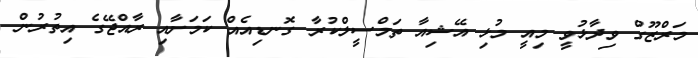
މަރްޒޫގް ވިދާޅުވީ މިއީ މުޅި އޭޝިއާ ތަމްސީލްކުރާ ގޮނޑިއެއް ކަމަށާއި ރާއްޖޭގެ އިތުރުން